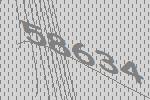
58634